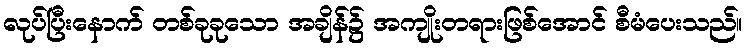
လုပ်ပြီးနောက် တစ်ခုခုသော အချိန်၌ အကျိုးတရားဖြစ်အောင် စီမံပေးသည်။